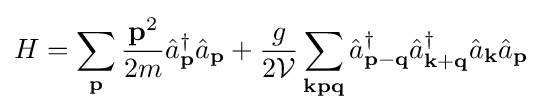
H=\sum _{\mathbf {p} }{\frac {\mathbf {p} ^{2}}{2m}}{\hat {a}}_{\mathbf {p} }^{\dagger }{\hat {a}}_{\mathbf {p} }+{\frac {g}{2{\mathcal {V}}}}\sum _{\mathbf {kpq} }{\hat {a}}_{\mathbf {p} -\mathbf {q} }^{\dagger }{\hat {a}}_{\mathbf {k} +\mathbf {q} }^{\dagger }{\hat {a}}_{\mathbf {k} }{\hat {a}}_{\mathbf {p} }